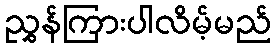
ညွှန်ကြားပါလိမ့်မည်